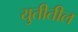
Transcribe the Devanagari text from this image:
युतीतील